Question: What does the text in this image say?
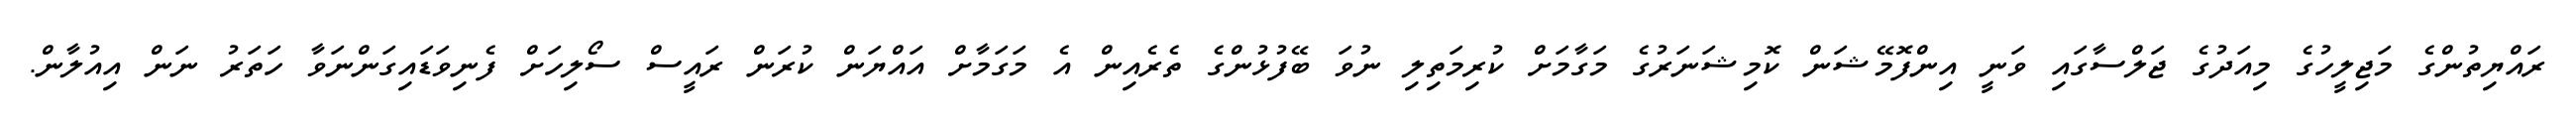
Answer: ރައްޔިތުންގެ މަޖިލީހުގެ މިއަދުގެ ޖަލްސާގައި ވަނީ އިންފޮމޭޝަން ކޮމިޝަނަރުގެ މަގާމަށް ކުރިމަތިލި ނުވަ ބޭފުޅުންގެ ތެރެއިން އެ މަގަމާށް އައްޔަން ކުރަން ރައީސް ސޯލިހަށް ފެނިވަޑައިގަންނަވާ ހަތަރު ނަން އިއުލާން.